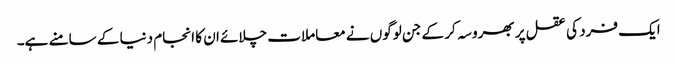
ایک فرد کی عقل پر بھروسہ کر کے جن لوگوں نے معاملات چلائے ان کا انجام دنیا کے سامنے ہے۔